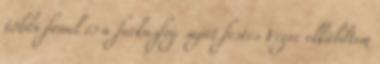
többi fonal és a farkasfog saját festés Végre elküldtem